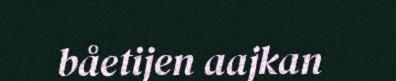
båetijen aajkan